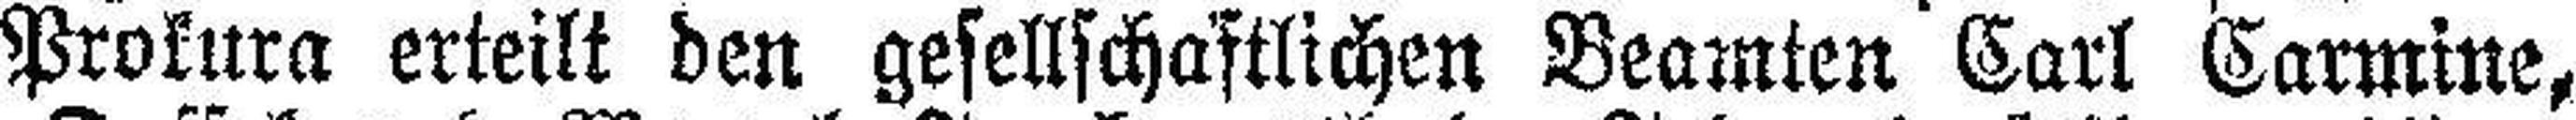
Prokura erteilt den gesellschaftlichen Beamten Carl Carmine,